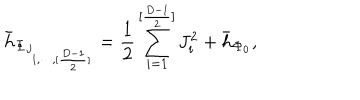
{ \bar { h } } _ { { \bf \Phi } _ { J _ { 1 , \cdots , [ { \frac { D - 1 } { 2 } } ] } } } = { \frac { 1 } { 2 } } \sum _ { i = 1 } ^ { [ { \frac { D - 1 } { 2 } } ] } J _ { i } ^ { 2 } + { \bar { h } } _ { { \bf \Phi } _ { 0 } } ,